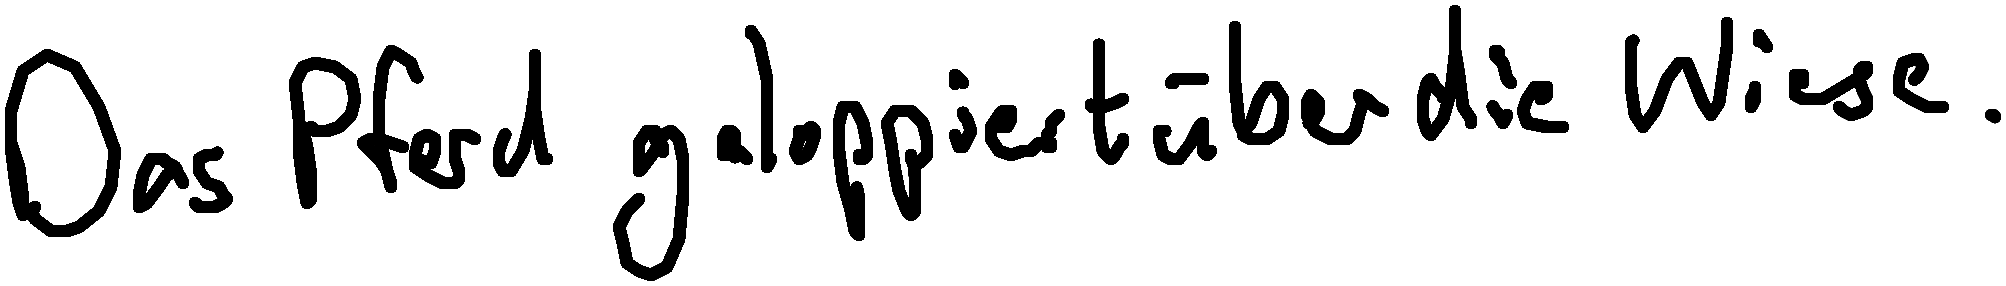
Das Pferd galoppiert über die Wiese.